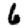
Digit: 6